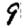
Digit: 9